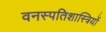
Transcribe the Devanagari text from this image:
वनस्‍पतिशास्‍त्रियों